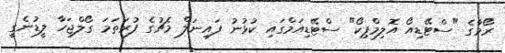
ރޯމާގެ "ސްޓޭޑިއޯ އޮލިމްޕިކޯ" ސްޓޭޑިއަމްގައި ކުޅުނު ފައިނަލް މެޗުގެ ފުރަތަމަ ގޯލްޖަހާ ލީޑުނެގީ